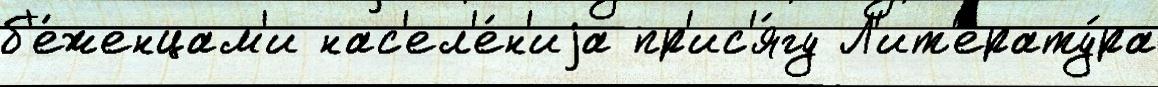
б'е́женцам'и нас'ел'е́н'иjа пр'ис'я́гу Л'ит'ерату́ра